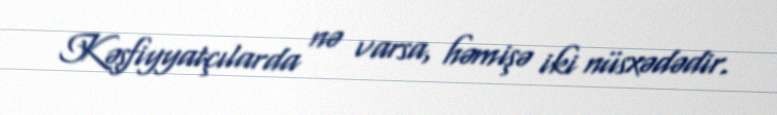
Kəşfiyyatçılarda nə varsa, həmişə iki nüsxədədir.